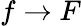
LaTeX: f\rightarrow F